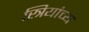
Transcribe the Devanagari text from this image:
स्त्रियांच्य